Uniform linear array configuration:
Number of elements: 32
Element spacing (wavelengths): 0.5
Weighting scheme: binomial
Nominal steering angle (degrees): -60
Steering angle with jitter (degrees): -60.616
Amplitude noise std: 0.05
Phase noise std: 0.05

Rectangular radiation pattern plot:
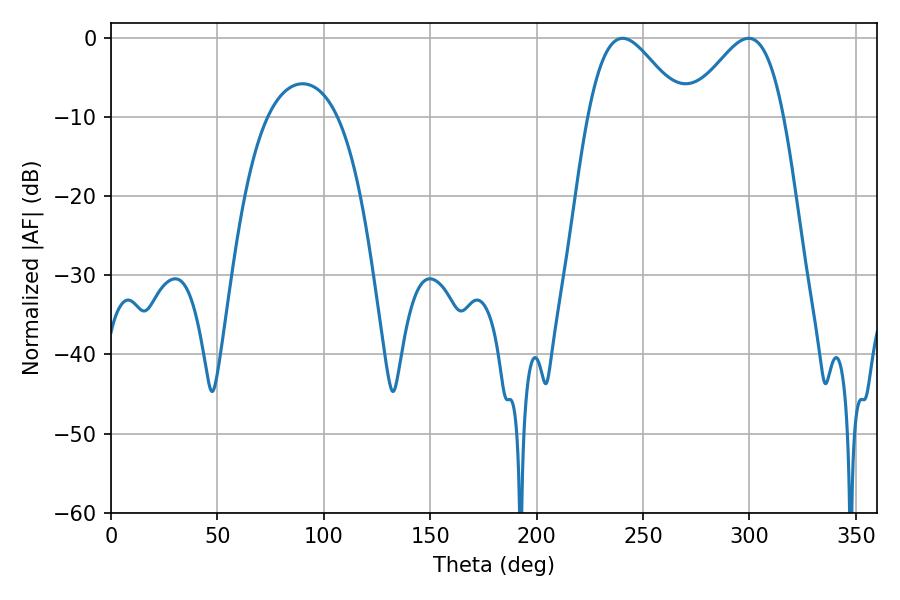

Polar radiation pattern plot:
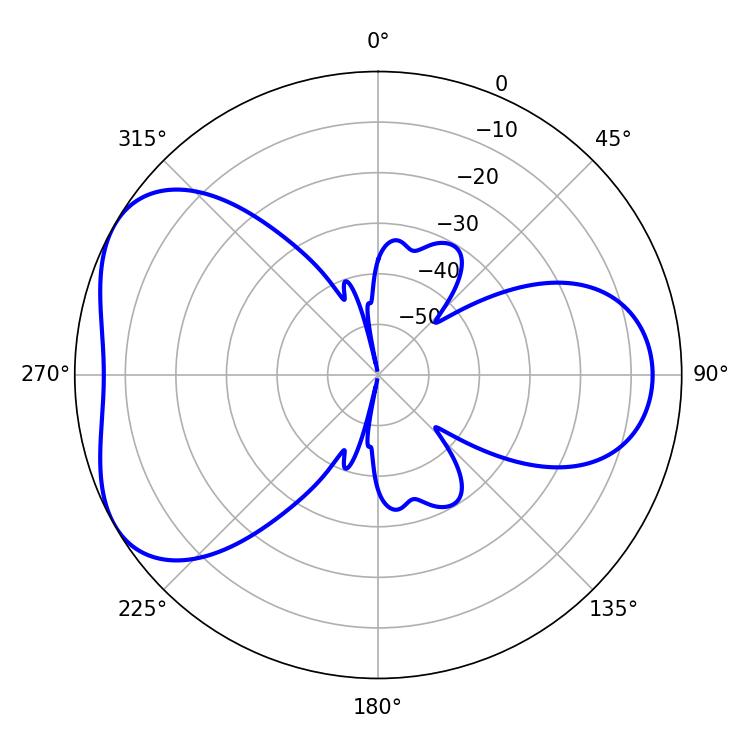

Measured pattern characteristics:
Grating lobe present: FALSE
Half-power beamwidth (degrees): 23.76
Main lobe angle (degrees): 299.52